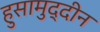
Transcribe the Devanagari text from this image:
हुसामुद्दीन